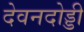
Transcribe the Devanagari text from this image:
देवनदोड्डी